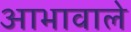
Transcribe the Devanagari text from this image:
आभावाले